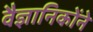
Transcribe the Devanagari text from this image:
वैज्ञानिकोंने